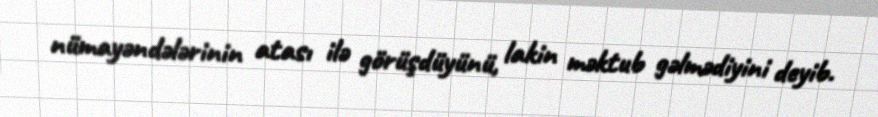
nümayəndələrinin atası ilə görüşdüyünü, lakin məktub gəlmədiyini deyib.